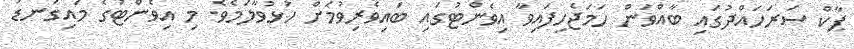
ޕާކް ސަރަހައްދުގައި ބާއްވަން ހަމަޖެހިފައިވާ އިވެންޓުގައި ބައިވެރިވުމަށް ހުޅުވާލަމެވެ. މި އިވެންޓުގެ މައިގަނޑު